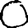
Digit: 0